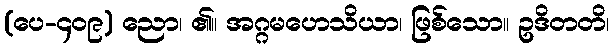
(ပေ-၄၀၉) ညော၊ ၏။ အဂ္ဂမဟေသိယာ၊ ဖြစ်သော။ ဥဒိတတိ၊